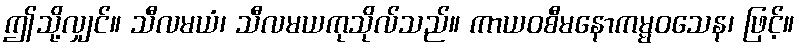
ဤသို့လျှင်။ သီလမယံ၊ သီလမယကုသိုလ်သည်။ ကာယဝစီမနောကမ္မဝသေန၊ ဖြင့်။